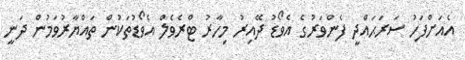
އެއަށްފަހު ސަރަޙައްދީ ފެންވަރުގެ އެވޯޑު ދޭއިރު މިހާރު ޓްރެވެލް އެވޯޑުތަކުން ތައްޔާރުވަމުން ދަނީ